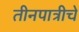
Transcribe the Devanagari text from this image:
तीनपात्रीचे